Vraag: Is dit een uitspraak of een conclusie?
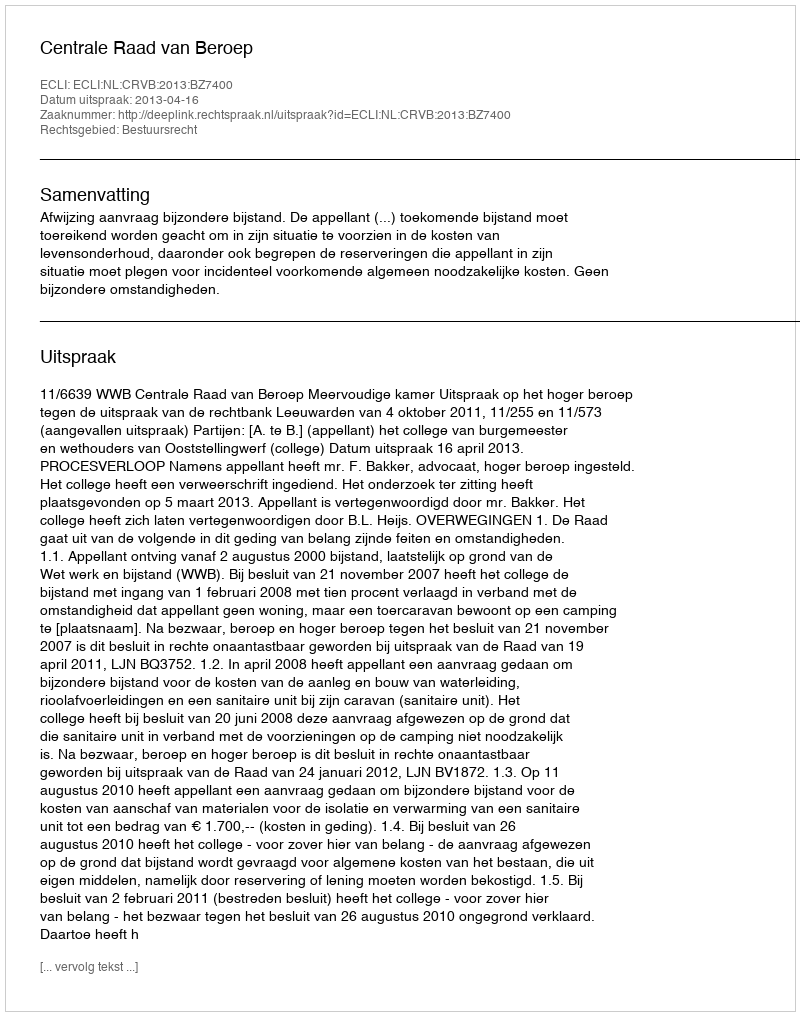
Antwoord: Uitspraak